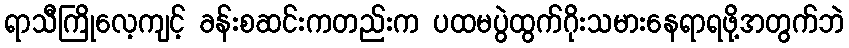
ရာသီကြိုလေ့ကျင့် ခန်းစဆင်းကတည်းက ပထမပွဲထွက်ဂိုးသမားနေရာရဖို့အတွက်ဘဲ